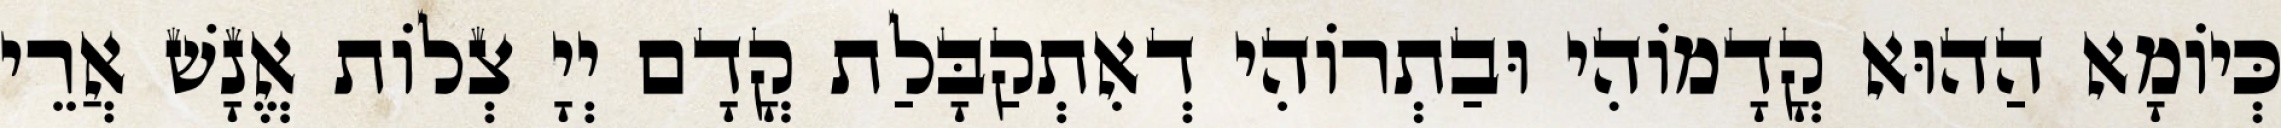
כְּיוֹמָא הַהוּא קֳדָמוֹהִי וּבַתְרוֹהִי דְאִתְקַבָּלַת קֳדָם יְיָ צְלוֹת אֱנָשׁ אֲרֵי